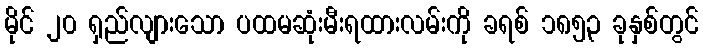
မိုင် ၂၀ ရှည်လျားသော ပထမဆုံးမီးရထားလမ်းကို ခရစ် ၁၈၅၃ ခုနှစ်တွင်